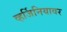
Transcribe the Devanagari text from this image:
व्हर्जिनियावर